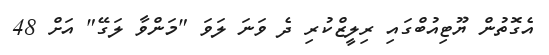
އެގޮތުން ޔޫޓިއުބްގައި ރިލީޒްކުރި ދެ ވަނަ ލަވަ "މަންވާ ލަގޭ" އަށް 48